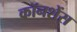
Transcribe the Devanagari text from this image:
कॉनशेंस